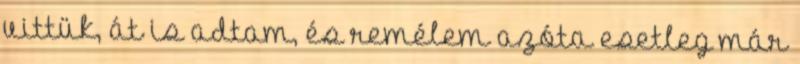
vittük, át is adtam, és remélem azóta esetleg már